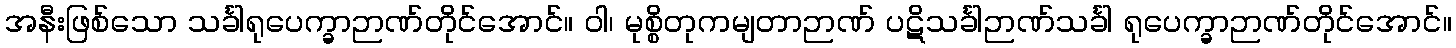
အနီးဖြစ်သော သင်္ခါရုပေက္ခာဉာဏ်တိုင်အောင်။ ဝါ၊ မုစ္စိတုကမျတာဉာဏ် ပဋိသင်္ခါဉာဏ်သင်္ခါ ရုပေက္ခာဉာဏ်တိုင်အောင်။